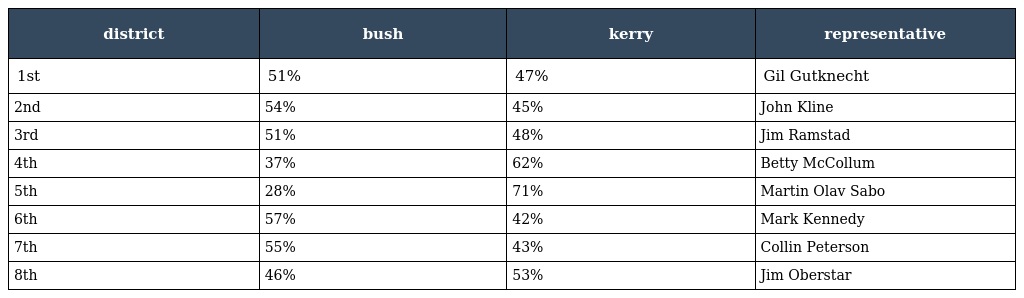
| district | bush | kerry | representative |
 | --- | --- | --- | --- |
 | 1st | 51% | 47% | Gil Gutknecht |
 | 2nd | 54% | 45% | John Kline |
 | 3rd | 51% | 48% | Jim Ramstad |
 | 4th | 37% | 62% | Betty McCollum |
 | 5th | 28% | 71% | Martin Olav Sabo |
 | 6th | 57% | 42% | Mark Kennedy |
 | 7th | 55% | 43% | Collin Peterson |
 | 8th | 46% | 53% | Jim Oberstar |